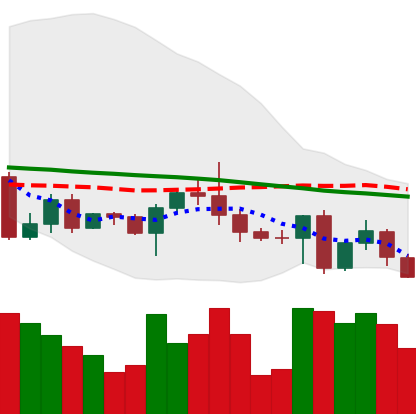
Ticker: BTC-USD
Chart end date: 2022-04-30
Forward return: -3.022%
Label: down_3_5